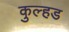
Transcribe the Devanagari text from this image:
कुल्हड